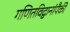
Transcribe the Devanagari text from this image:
गणितविद्वानांपैकी